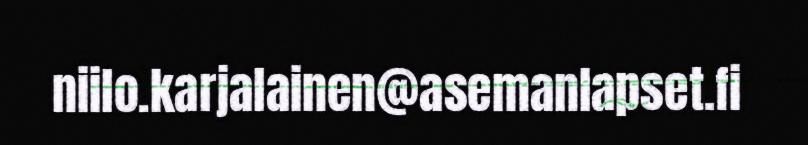
niilo.karjalainen@asemanlapset.fi